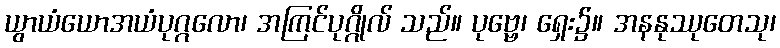
ယွာယံယောအယံပုဂ္ဂလော၊ အကြင်ပုဂ္ဂိုလ် သည်။ ပုဗ္ဗေ၊ ရှေး၌။ အနနုဿုတေသု၊